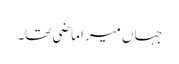
جہاں میرا ماضی تھا۔